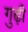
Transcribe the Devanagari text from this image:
गुढ़ी